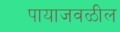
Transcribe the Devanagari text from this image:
पायाजवळील